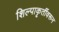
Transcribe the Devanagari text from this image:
शिल्पाकृतींवरून